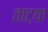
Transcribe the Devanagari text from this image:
ताट्या